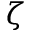
\zeta